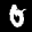
Label: 0